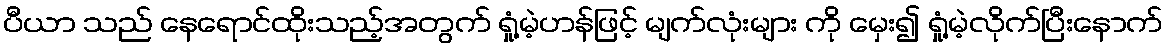
ပီယာ သည် နေရောင်ထိုးသည့်အတွက် ရှုံ့မဲ့ဟန်ဖြင့် မျက်လုံးများ ကို မှေး၍ ရှုံ့မဲ့လိုက်ပြီးနောက်